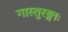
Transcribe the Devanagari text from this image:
गास्तुरङ्गाः